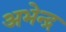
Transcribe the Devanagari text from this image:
अभेन्द्र